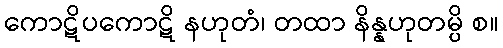
ကောဋိပကောဋိ နဟုတံ၊ တထာ နိန္နဟုတမ္ပိ စ။